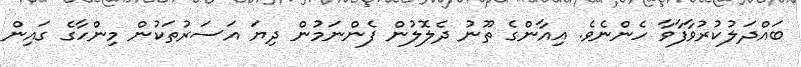
ބައްދަލުކުރުވާފާވާ ހެންނެވެ. އިއާންގެ ތޫނު ދެލޮލުން ފެންނަމުން ދިޔަ އަސަރުތަކުން މިންހާގެ ގައިން